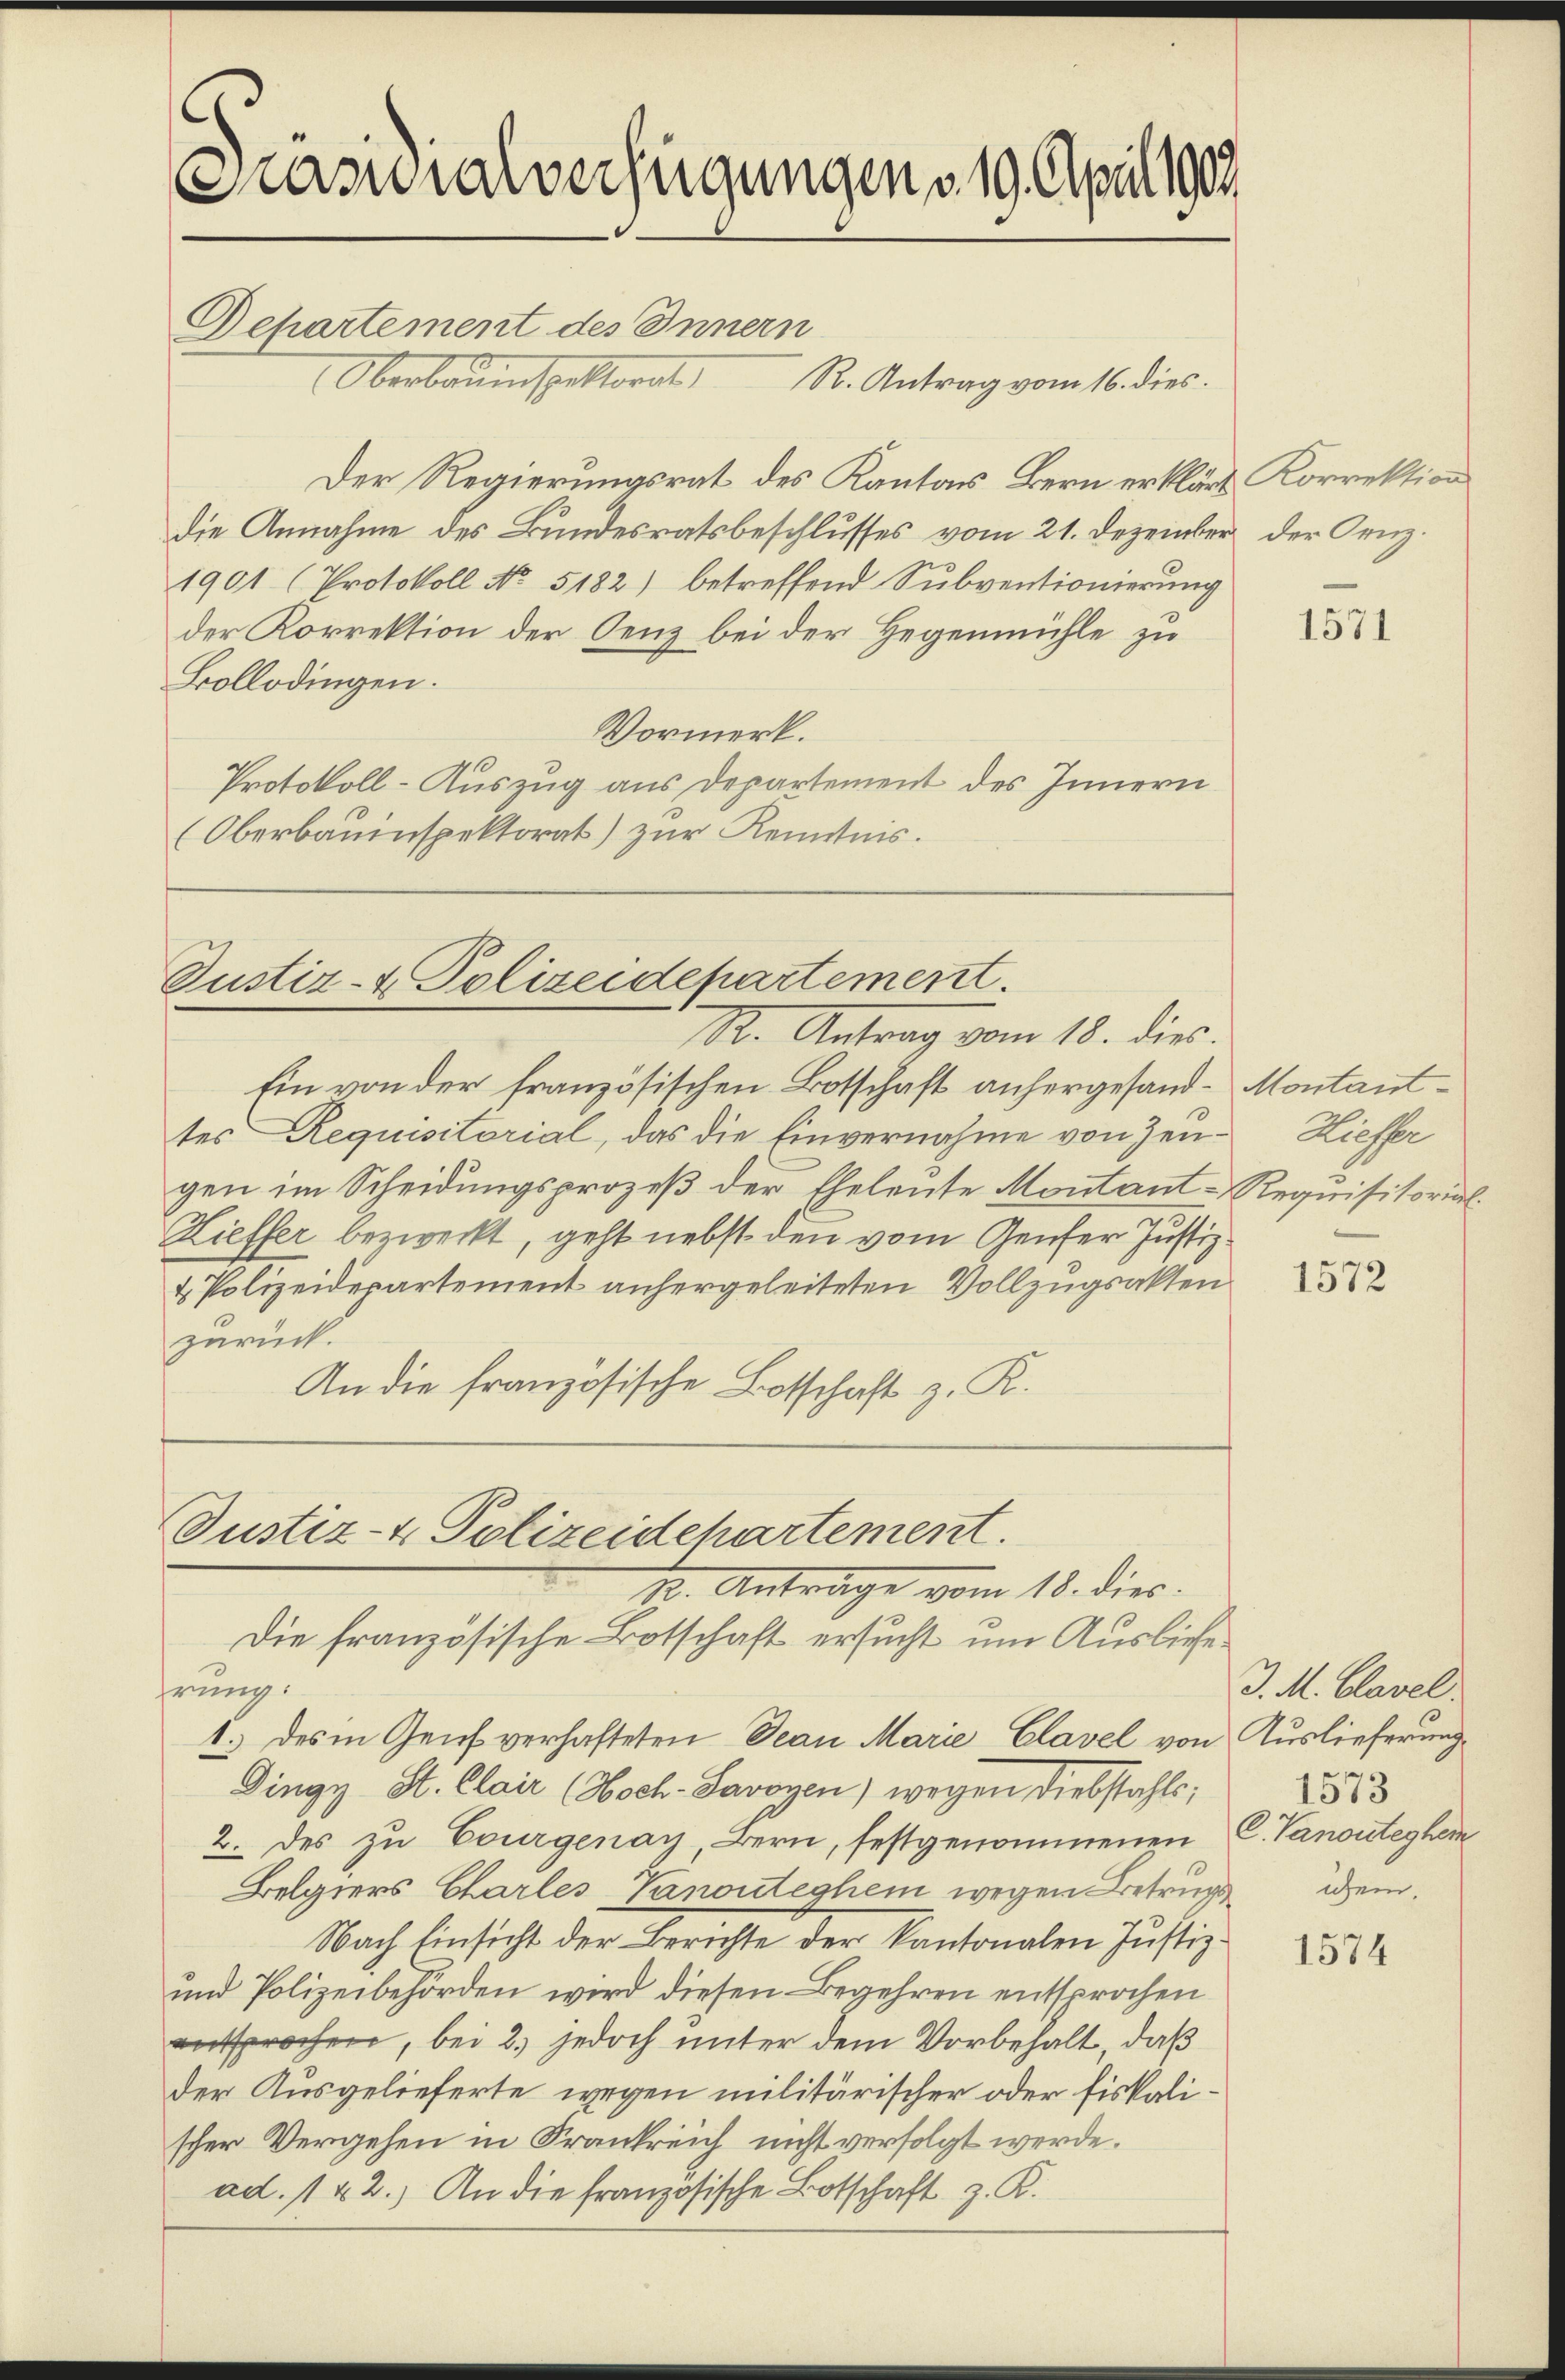
Kassialverfügungen v. 19. April 1909

Departement des Innern
Oberbauenspektorat
R. Antrag vom 16. dies.
Der Regierungsrat des Kantons Bern erklärt Korrektion
die Annahme des Bundesratsbeschlusses vom 21. Dezember der Genz¬
1901 (Protokoll No 5182) betreffend Subventionierung
der Korrektion der Denz bei der Hegenmühle zu
Bollodingen.
Vormerk.
Protokoll-Auszug aus Departement des Innern
(Oberbauinspektorat) zur Kenntnis.

Justiz- & Polizeidepartement.
S. Antrag vom 18. die

Ein von der französischen Botschaft anhergesand-Montanttes Requisitorial, das die Einvernahme von Zeugen im Scheidungsprozeß der Eheleute Montant-Requisitorial.
Zieffer bezweckt, geht nebst den vom Genfer Justiz¬
u. Polizeidepartement anhergeleiteten Vollzugsakten
zurück.
An die französische Botschaft z. K.

Justiz- & Polizeidchartement.
12. Antrage vom 18. dies

Die französische Botschaft ersucht um Auslieferung:
1.) des in Genf verhafteten Decan Marie Clavel von Auslieferung
Dingy St. Clair (Hoch-Savoyen) wegen Diebstahls,
2. des zu Courgenay, Bern, festgenommenen
Belgiers Charles Vanonteghem wegen Betrugs¬
Nach Einsicht der Berichte der Kantonalen Justiz¬
und Polizeibehörden wird diesen Begehren entsprochen
entsprochen, bei 2 jedoch unter dem Vorbehalt, daß
der Ausgelieferte wegen militärischer oder fiskalischer Vergehen in Frankreich nicht verfolgt werde.
ad. 142.) An die französische Botschaft z. K.

1571

Hieffer

1572

J. M. Clavel.
1573
CVanonteghem
ichen.

1574